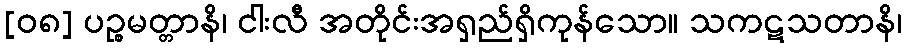
[၀၈] ပဉ္စမတ္တာနိ၊ ငါးလီ အတိုင်းအရှည်ရှိကုန်သော။ သကဋသတာနိ၊